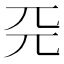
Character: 𠀘